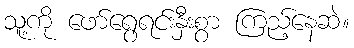
သူ့ကို ဖော်ရွေရင်းနှီးစွာ ကြည့်နေဆဲ။